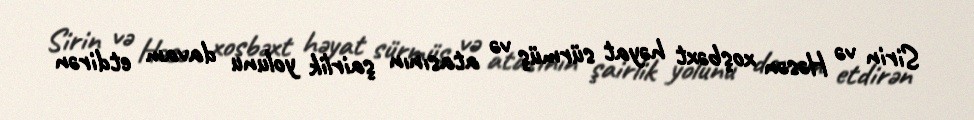
Sirin və Həsən xoşbəxt həyat sürmüş və atasının şairlik yolunu davam etdirən